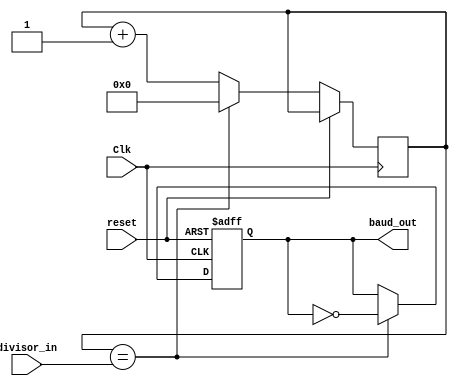
`timescale 10ns / 1ps
//////////////////////////////////////////////////////////////////////////////////
// Company: 
// Engineer: 
// 
// Design Name: 
// Module Name: BAUD_RATE_GENERATOR
// Project Name: 
// Target Devices: 
// Tool Versions: 
// Description: 
// 
// Dependencies: 
// 
// Revision:
// Revision 0.01 - File Created
// Additional Comments:
// 
//////////////////////////////////////////////////////////////////////////////////


module BAUD_RATE_GENERATOR(
    input Clk,
    input reset, 
    input [11:0] divisor_in,
    
    output reg baud_out  
    );

reg [11:0] count = 0; 
always @ (posedge Clk or posedge reset)
    if(reset) begin
        baud_out <= 0;
    end
    else begin
        if(count == divisor_in) begin
            count <= 0;
            baud_out <= ~baud_out;
        end
        else begin
            count <= count + 1;
        end
    end

endmodule